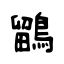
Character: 鶹